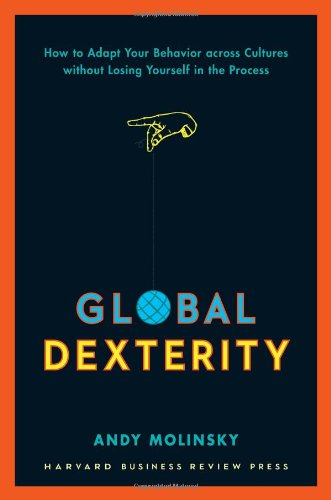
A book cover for Global Dexterity: How to Adapt Your Behavior Across Cultures without Losing Yourself in the Process; Andy Molinsky; Business & Money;